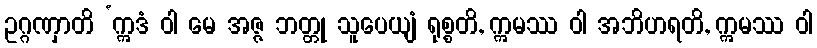
ဥဂ္ဂဏှာတိ ‘ဣဒံ ဝါ မေ အဇ္ဇ ဘတ္တု သူပေယျံ ရုစ္စတိ, ဣမဿ ဝါ အဘိဟရတိ, ဣမဿ ဝါ